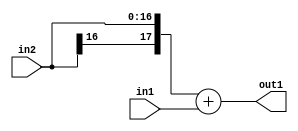
`timescale 1ps / 1ps
/*****************************************************************************
    Verilog RTL Description
    
    
    Created by: Stratus DpOpt 2019.1.01 
*******************************************************************************/

module st_weight_addr_gen_Add_17Sx9U_18S_4_2 (
	in2,
	in1,
	out1
	); /* architecture "behavioural" */ 
input [16:0] in2;
input [8:0] in1;
output [17:0] out1;
wire [17:0] asc001;

assign asc001 = 
	+({in2[16], in2})
	+(in1);

assign out1 = asc001;
endmodule

/* CADENCE  ubTxQwA= : u9/ySgnWtBlWxVPRXgAZ4Og= ** DO NOT EDIT THIS LINE ******/